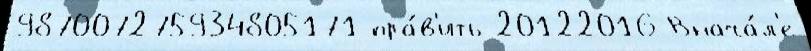
987007275934805171 пра́в'ить 20122016 Внача́л'е